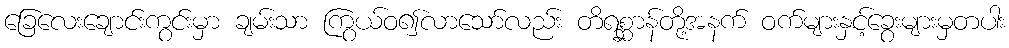
ခြေလေးချောင်းကွင်းမှာ ချမ်းသာ ကြွယ်ဝ၍လာသော်လည်း တိရစ္ဆာန်တို့အနက် ဝက်များနှင့်ခွေးများမှတပါး